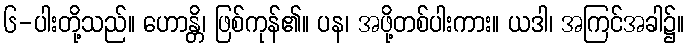
၆-ပါးတို့သည်။ ဟောန္တိ၊ ဖြစ်ကုန်၏။ ပန၊ အဖို့တစ်ပါးကား။ ယဒါ၊ အကြင်အခါ၌။